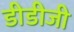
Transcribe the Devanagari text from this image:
डीडीजी